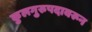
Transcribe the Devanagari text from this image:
कुलगुरुपदावरून